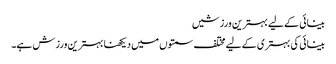
بینائی کے لیے بہترین ورزشیں
بینائی کی بہتری کے لیے مختلف سمتوں میں دیکھنا بہترین ورزش ہے۔